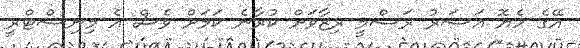
އޭގެ ހެޔޮ އަސަރު ރަސްމީ ރިޒާވަށް ކުރާނެ ކަމަށް ވެސް އެ މިނިސްޓްރީ